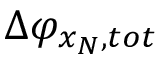
\Delta { { \varphi } _ { { { x } _ { N } } , t o t } }